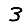
Digit: 3